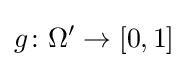
g\colon \Omega '\to [0,1]